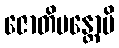
ဇောတိမန္တောပိ